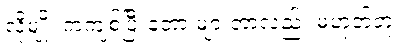
လိုမျိုး ကကျစ်ပြီးတော့ များတာလည်း မဟုတ်ဘူး။